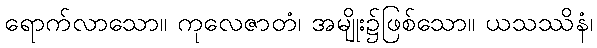
ရောက်လာသော။ ကုလေဇာတံ၊ အမျိုး၌ဖြစ်သော။ ယသဿိနံ၊